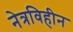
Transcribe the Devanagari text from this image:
नेत्रविहीन